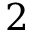
2